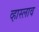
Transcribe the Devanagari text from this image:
व्हास्लाव